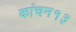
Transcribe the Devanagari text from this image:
कांचन१३